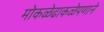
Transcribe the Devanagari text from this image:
मोकळेढाकळेपणाने